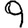
Digit: 9